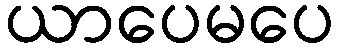
ယာပေမပေ